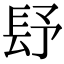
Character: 𨱢